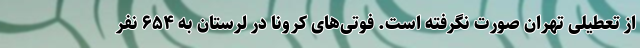
از تعطیلی تهران صورت نگرفته است. فوتی‌های کرونا در لرستان به ۶۵۴ نفر